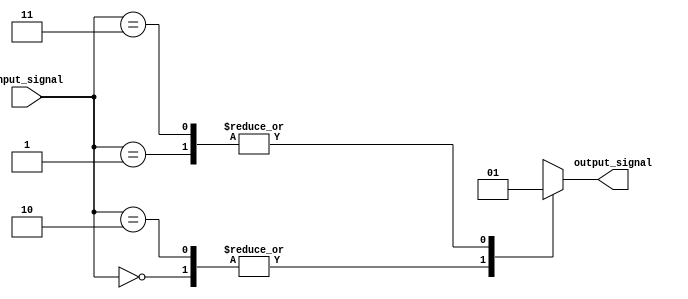
module full_case_example (
    input wire [1:0] input_signal,
    output reg output_signal
);

always @(*)
begin
    case (input_signal)
        2'b00: output_signal = 1'b0; // If input_signal is 00
        2'b01: output_signal = 1'b1; // If input_signal is 01
        2'b10: output_signal = 1'b0; // If input_signal is 10
        2'b11: output_signal = 1'b1; // If input_signal is 11
        default: output_signal = 1'b0; // Default case
    endcase
end

endmodule